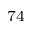
^ { 7 4 }